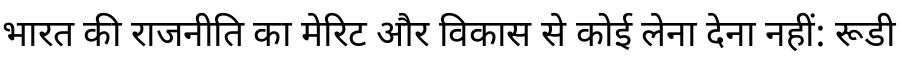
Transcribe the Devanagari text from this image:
भारत की राजनीति का मेरिट और विकास से कोई लेना देना नहीं: रूडी